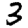
Digit: 3